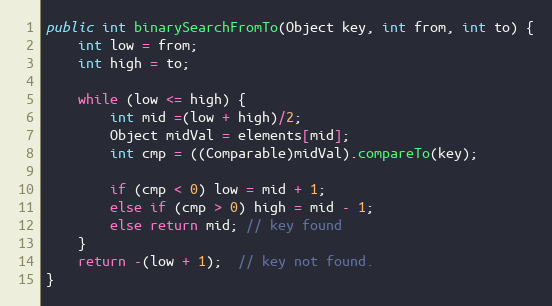
Language: Java
public int binarySearchFromTo(Object key, int from, int to) {
	int low = from;
	int high = to;

	while (low <= high) {
		int mid =(low + high)/2;
		Object midVal = elements[mid];
		int cmp = ((Comparable)midVal).compareTo(key);

		if (cmp < 0) low = mid + 1;
		else if (cmp > 0) high = mid - 1;
		else return mid; // key found
	}
	return -(low + 1);  // key not found.
}